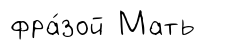
фра́зой Мать